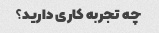
چه تجربه کاری دارید؟